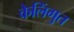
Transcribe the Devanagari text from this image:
केलिंगुत